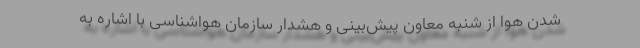
شدن هوا از شنبه معاون پیش‌بینی و هشدار سازمان هواشناسی با اشاره به